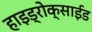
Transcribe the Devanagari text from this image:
हाइड्रोक्साईड